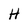
Character: H